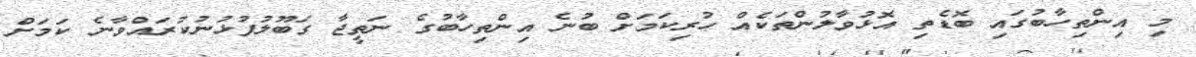
މި އިންތިހާބުގައި ބޮޑެތި އޮޅުވާލުންތަކެއް ހުރިކަމަށް ބުނެ އިންތިހާބުގެ ނަތީޖާ ގަބޫލުފުޅުނުކުރައްވާނެ ކަމަށް